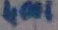
Text: 4001